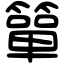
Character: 簞